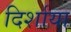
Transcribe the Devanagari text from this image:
दिर्शाया